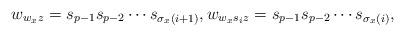
LaTeX: \begin{align*}w_{w_{x}z}=s_{p-1}s_{p-2}\cdots s_{\sigma_{x}(i+1)}, w_{w_{x}s_{i}z}=s_{p-1}s_{p-2}\cdots s_{\sigma_{x}(i)}, \end{align*}